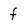
Character: f